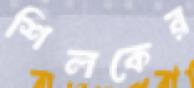
শিলকের